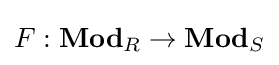
F:\mathbf {Mod} _{R}\to \mathbf {Mod} _{S}